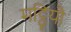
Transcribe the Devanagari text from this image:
मट्ठियौ